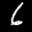
Label: 6